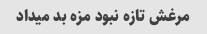
مرغش تازه نبود مزه بد میداد